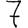
Digit: 7